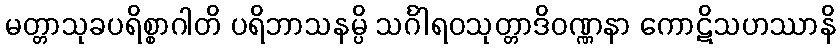
မတ္တာသုခပရိစ္စာဂါတိ ပရိဘာသနမ္ပိ သင်္ဂါရဝသုတ္တာဒိဝဏ္ဏနာ ကောဋိသဟဿာနိ